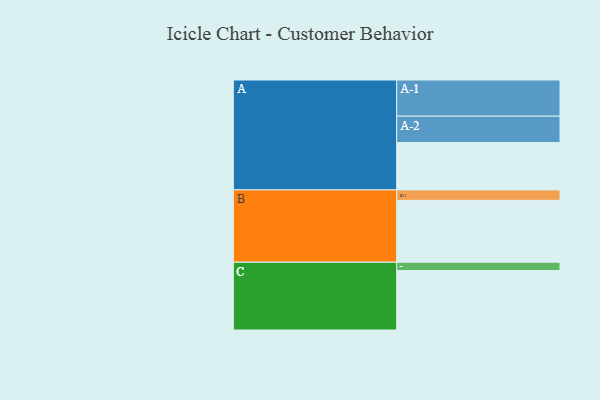
{"axis": {"x": "Segment", "y": "Value"}, "legend": ["", "A", "B", "C"], "data": [{"x": "A", "y": 312, "type": ""}, {"x": "B", "y": 407, "type": ""}, {"x": "C", "y": 391, "type": ""}, {"x": "A-1", "y": 238, "type": "A"}, {"x": "A-2", "y": 173, "type": "A"}, {"x": "B-1", "y": 69, "type": "B"}, {"x": "C-1", "y": 55, "type": "C"}]}